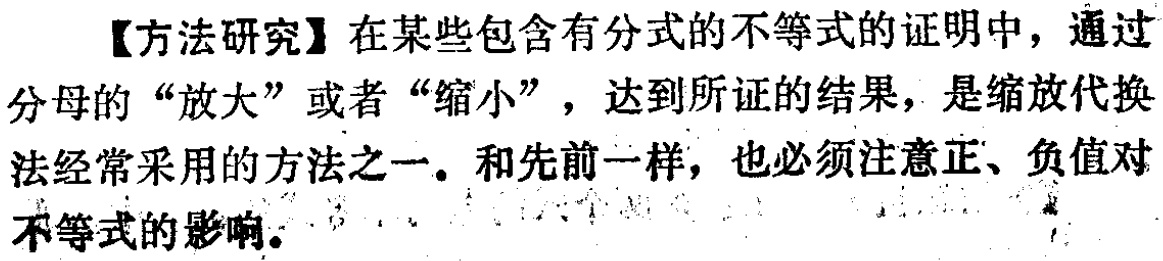
【方法研究】在某些包含有分式的不等式的证明中，通过分母的“放大”或者“缩小”，达到所证的结果，是缩放代换法经常采用的方法之一。和先前一样，也必须注意正、负值对不等式的影响。